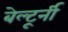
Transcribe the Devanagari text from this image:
बेल्टूर्नी